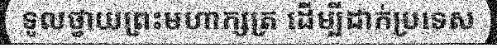
ទូលថ្វាយព្រះមហាក្សត្រ ដើម្បីដាក់ប្រទេស